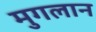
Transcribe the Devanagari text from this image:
मुगलान